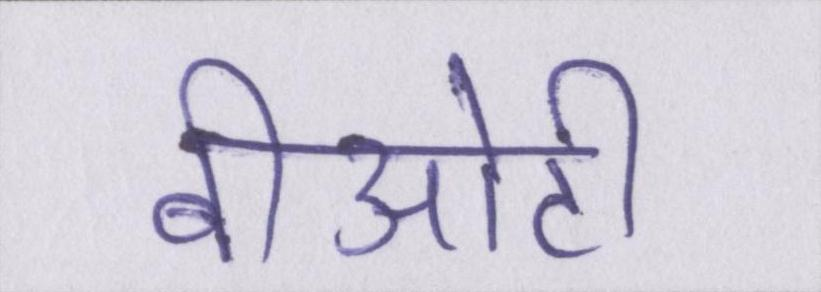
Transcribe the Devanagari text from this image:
बीओटी